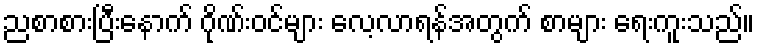
ညစာစားပြီးနောက် ဂိုဏ်းဝင်များ လေ့လာရန်အတွက် စာများ ရေးကူးသည်။